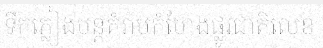
ទឹកភ្លៀងបន្តគំរាមកំហែងផ្លូវជាតិលេខ